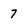
Character: 7